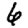
Digit: 6